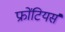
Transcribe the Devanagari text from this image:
फ्रोंटियर्स